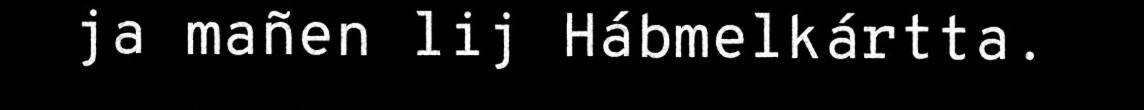
ja mañen lij Hábmelkártta.